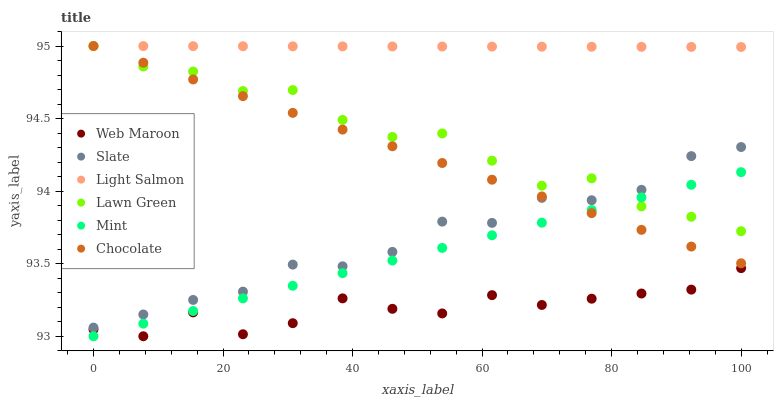
| xaxis_label | Web Maroon | Slate | Light Salmon | Lawn Green | Mint | Chocolate |
 | --- | --- | --- | --- | --- | --- | --- |
 | 0 | 93 | 93.1 | 95 | 95 | 93 | 95 |
 | 7.69 | 93 | 93.2 | 95 | 94.9 | 93.1 | 94.9 |
 | 15.4 | 93.2 | 93.3 | 95 | 94.8 | 93.2 | 94.8 |
 | 23.1 | 93 | 93.3 | 95 | 94.7 | 93.3 | 94.7 |
 | 30.8 | 93.1 | 93.5 | 95 | 94.7 | 93.3 | 94.5 |
 | 38.5 | 93.3 | 93.5 | 95 | 94.5 | 93.4 | 94.4 |
 | 46.2 | 93.2 | 93.6 | 95 | 94.4 | 93.5 | 94.3 |
 | 53.8 | 93.2 | 93.8 | 95 | 94.4 | 93.6 | 94.2 |
 | 61.5 | 93.3 | 93.8 | 95 | 94.2 | 93.7 | 94.1 |
 | 69.2 | 93.2 | 94 | 95 | 94 | 93.8 | 94 |
 | 76.9 | 93.3 | 93.9 | 95 | 94.1 | 93.9 | 93.8 |
 | 84.6 | 93.3 | 94 | 95 | 93.9 | 94 | 93.7 |
 | 92.3 | 93.3 | 94.2 | 95 | 93.8 | 94 | 93.6 |
 | 100 | 93.5 | 94.3 | 95 | 93.7 | 94.1 | 93.5 |